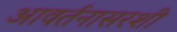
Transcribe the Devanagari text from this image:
आवर्तनासरशी